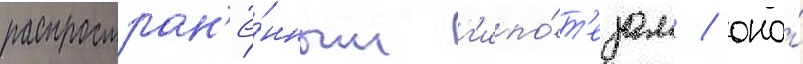
распростран'ё́нным г'ипо́т'езам / оно́